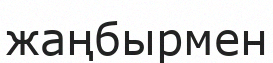
жаңбырмен